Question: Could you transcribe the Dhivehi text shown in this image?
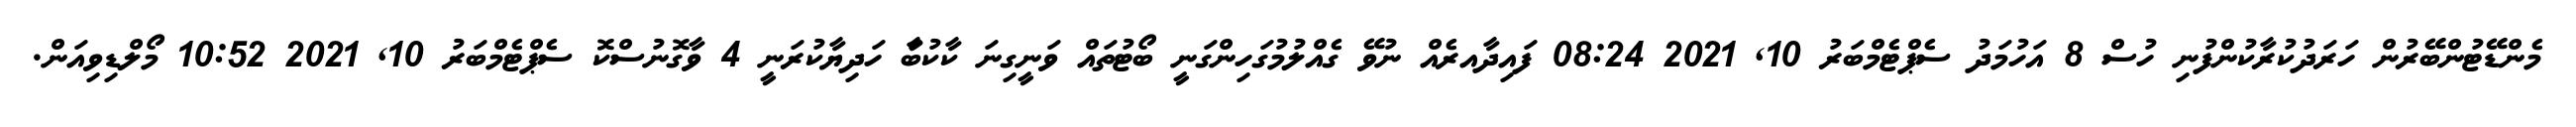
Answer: މެންޑޭޓުންބޭރުން ހަރަދުކުރާކުންފުނި ހުސް 8 އަހުމަދު ސެޕްޓެމްބަރު 10, 2021 08:24 ފައިދާއރެއް ނުވޭ ގެއްލުމުގަހިންގަނީ ބޯޓުތައް ވަނީގިނަ ކާކުބަާ ހަދިޔާކުރަނީ 4 ވާގޮނުސްކޮ ސެޕްޓެމްބަރު 10, 2021 10:52 މޯލްޑިވިއަން.